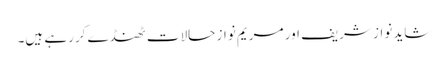
شاید نواز شریف اور مریم نواز حالات ٹھنڈے کررہے ہیں۔